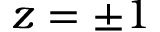
z = \pm 1